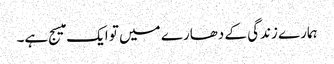
ہمارے زندگی کے دھارے میں تو ایک میسج ہے۔